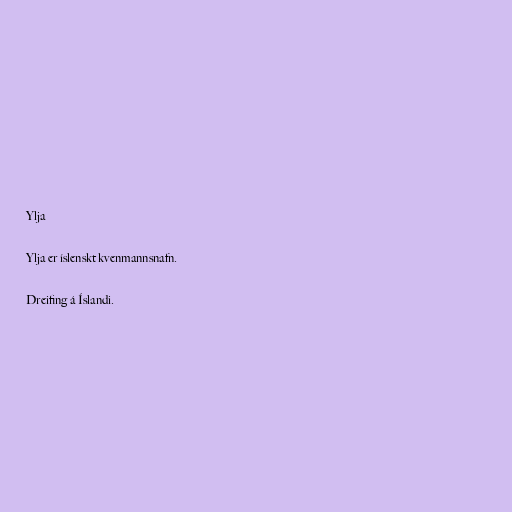
Ylja

Ylja er íslenskt kvenmannsnafn.

Dreifing á Íslandi.